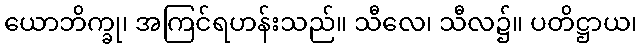
ယောဘိက္ခု၊ အကြင်ရဟန်းသည်။ သီလေ၊ သီလ၌။ ပတိဋ္ဌာယ၊